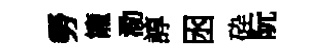
勞籠泐諄囦砕阮